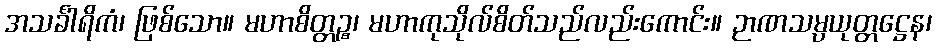
အသင်္ခါရိကံ၊ ဖြစ်သော။ မဟာစိတ္တဉ္စ၊ မဟာကုသိုလ်စိတ်သည်လည်းကောင်း။ ဉာဏသမ္ပယုတ္တဋ္ဌေန၊